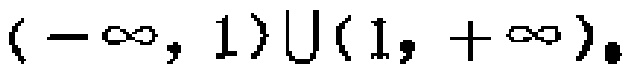
$(-\infty, 1)\cup(1, +\infty)$